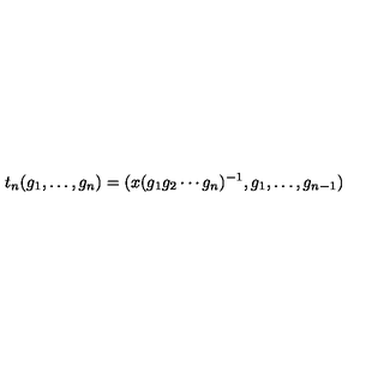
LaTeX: t _ { n } ( g _ { 1 } , \ldots , g _ { n } ) = ( x ( g _ { 1 } g _ { 2 } \cdots g _ { n } ) ^ { - 1 } , g _ { 1 } , \ldots , g _ { n - 1 } )